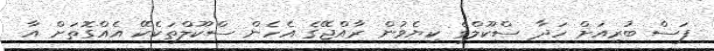
ފަސް ބުރިއަށް ހަދާ ސްކޫލްގެ ކިޔެވުން ރާއްޖޭގެ އެހެން ސްކޫލްތަކެކޭ އެއްގޮތަށް އާ